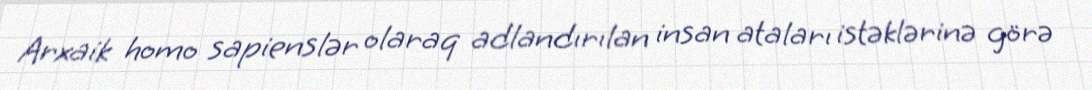
Arxaik homo sapienslər olaraq adlandırılan insan ataları istəklərinə görə